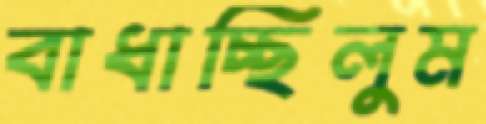
বাধাচ্ছিলুম